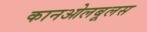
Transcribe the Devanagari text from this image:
कानओलबूलस